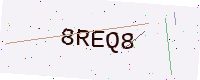
Text: 8REQ8